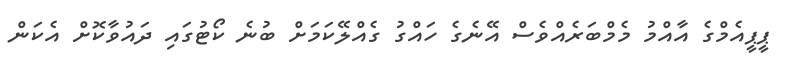
ޕީޕީއެމްގެ އާއްމު މެމްބަރެއްވެސް އޭނެގެ ހައްގު ގެއްލޭކަމަށް ބުނެ ކޯޓުގައި ދައުވާކޮށް އެކަން